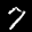
Label: 7